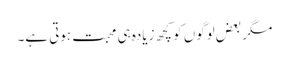
مگر بعض لوگوں کو کچھ زیادہ ہی محبت ہوتی ہے۔